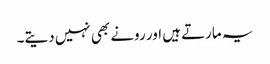
یہ مارتے ہیں اور رونے بھی نہیں دیتے۔